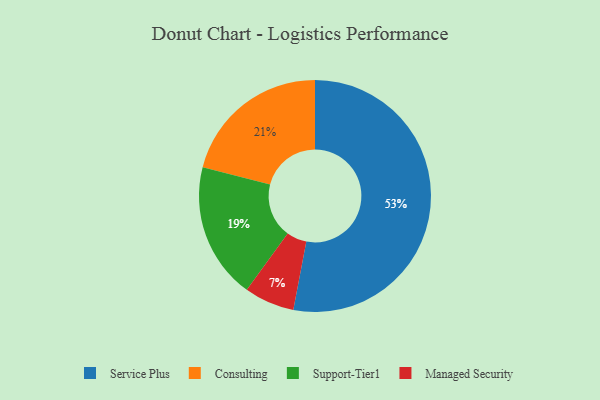
{"axis": {"x": "Category", "y": "Percentage"}, "legend": ["Consulting", "Managed Security", "Service Plus", "Support-Tier1"], "data": [{"x": "Consulting", "y": 21, "type": "Consulting"}, {"x": "Managed Security", "y": 7, "type": "Managed Security"}, {"x": "Service Plus", "y": 53, "type": "Service Plus"}, {"x": "Support-Tier1", "y": 19, "type": "Support-Tier1"}]}